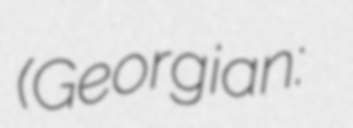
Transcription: (Georgian: ნათელა